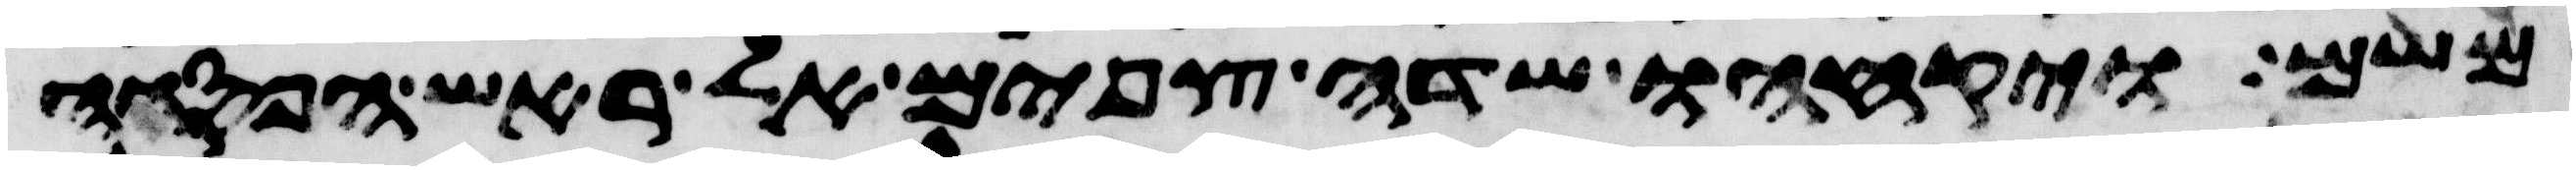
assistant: משם ויקחהו שדה צפים אל ראש הפסגה